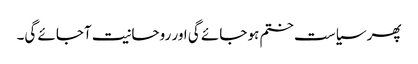
پھر سیاست ختم ہو جائے گی اور روحانیت آجائے گی۔